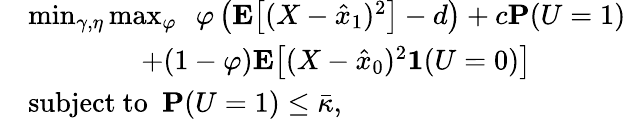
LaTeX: \begin{array}{rl}&{\operatorname*{min}_{\gamma,\eta}\operatorname*{max}_{\varphi}\ \ \varphi\left(\mathbf{E}\big[(X-\hat{x}_{1})^{2}\big]-d\right)+c\mathbf{P}(U=1)}\\ &{\qquad\qquad+(1-\varphi)\mathbf{E}\big[(X-\hat{x}_{0})^{2}\mathbf{1}(U=0)\big]}\\ &{\mathrm{subject~to~~}\mathbf{P}(U=1)\le\bar{\kappa},}\end{array}